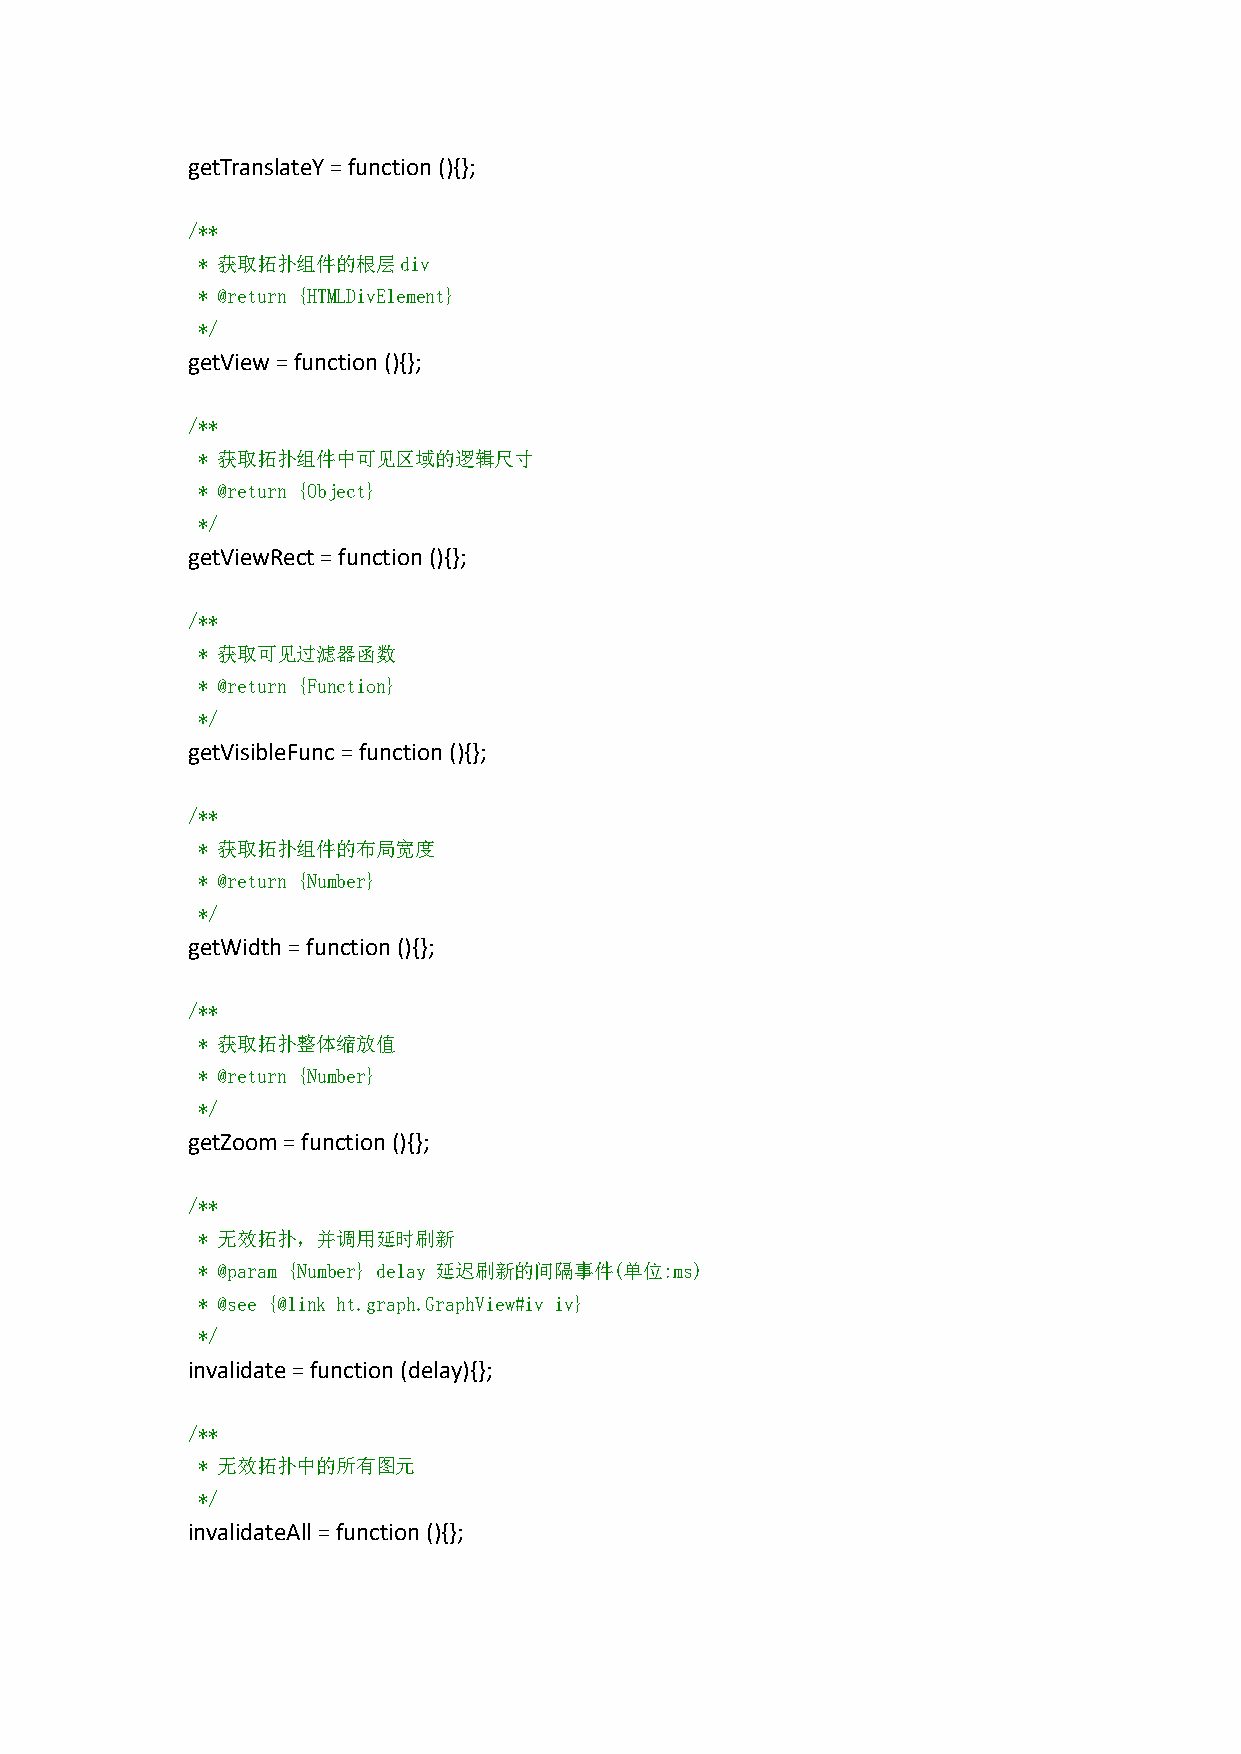
getTranslateY=function(){};
 /**
 * 获取拓扑组件的根层div
 * @return {HTMLDivElement}
 */
 getView=function(){};
 /**
 * 获取拓扑组件中可见区域的逻辑尺寸
 * @return {Object}
 */
 getViewRect=function(){};
 /**
 * 获取可见过滤器函数
 * @return {Function}
 */
 getVisibleFunc=function(){};
 /**
 * 获取拓扑组件的布局宽度
 * @return {Number}
 */
 getWidth=function(){};
 /**
 * 获取拓扑整体缩放值
 * @return {Number}
 */
 getZoom=function(){};
 /**
 * 无效拓扑，并调用延时刷新
 * @param {Number} delay 延迟刷新的间隔事件(单位:ms)
 * @see {@link ht.graph.GraphView#iv iv}
 */
 invalidate=function(delay){};
 /**
 * 无效拓扑中的所有图元
 */
 invalidateAll=function(){};